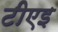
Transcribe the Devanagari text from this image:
टीएइ